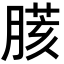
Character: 𦟍